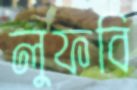
লুফবি